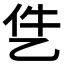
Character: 𪜓